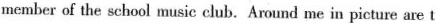
member of the school music club. Around me in picture are t